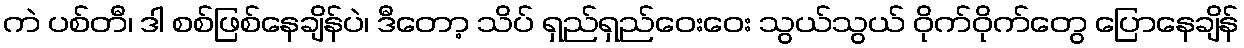
ကဲ ပစ်တီ၊ ဒါ စစ်ဖြစ်နေချိန်ပဲ၊ ဒီတော့ သိပ် ရှည်ရှည်ဝေးဝေး သွယ်သွယ် ဝိုက်ဝိုက်တွေ ပြောနေချိန်